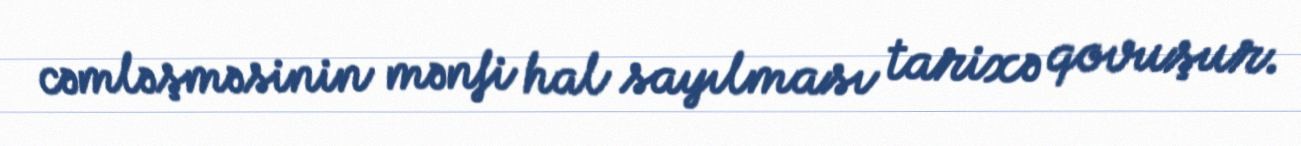
cəmləşməsinin mənfi hal sayılması tarixə qovuşur.